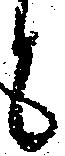
と